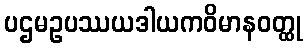
ပဌမဥပဿယဒါယကဝိမာနဝတ္ထု